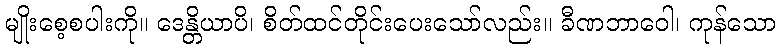
မျိုးစေ့စပါးကို။ ဒေန္တိယာပိ၊ စိတ်ထင်တိုင်းပေးသော်လည်း။ ခီဏဘာဝေါ၊ ကုန်သော